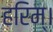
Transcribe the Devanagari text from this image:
हरिम्।